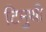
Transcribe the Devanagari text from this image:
टिमुथी